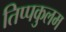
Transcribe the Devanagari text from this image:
तिप्पकुलम